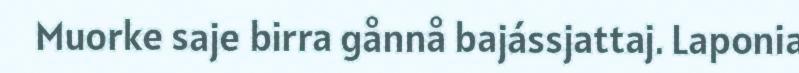
Muorke saje birra gånnå bajássjattaj. Laponia